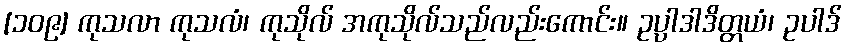
[၁၀၉] ကုသလာ ကုသလံ၊ ကုသိုလ် အကုသိုလ်သည်လည်းကောင်း။ ဥပ္ပာဒါဒိတ္တယံ၊ ဥပါဒ်